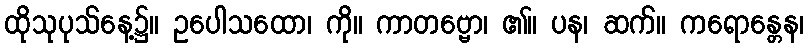
ထိုသုပုသ်နေ့၌။ ဥပေါသထော၊ ကို။ ကာတဗ္ဗော၊ ၏။ ပန၊ ဆက်။ ကရောန္တေန၊